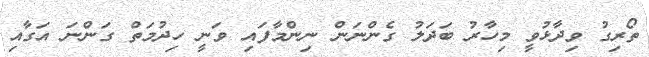
ތޯރިގު ވިދާޅުވީ މިހާރު ބަދަލު ގެންނަން ނިންމާފައި ވަނީ ހިދުމަތް ގަންނަ އަގާއި